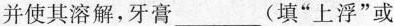
并使其溶解，牙膏___(填“上浮”或